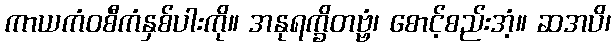
ကာယကံဝစီကံနှစ်ပါးကို။ အနုရက္ခိတဗ္ဗံ၊ စောင့်စည်းအံ့။ ဆအပိ၊